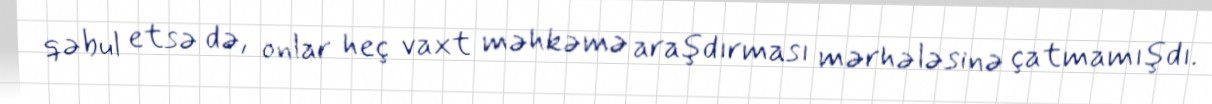
qəbul etsə də, onlar heç vaxt məhkəmə araşdırması mərhələsinə çatmamışdı.